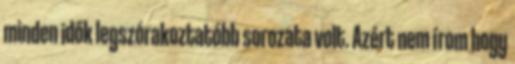
minden idők legszórakoztatóbb sorozata volt. Azért nem írom hogy